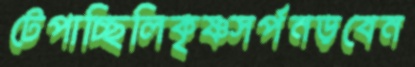
টেপাচ্ছিলিকৃষ্ণসর্পনড়বেন